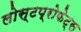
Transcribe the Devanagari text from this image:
लोस्टप्रोफेट्स